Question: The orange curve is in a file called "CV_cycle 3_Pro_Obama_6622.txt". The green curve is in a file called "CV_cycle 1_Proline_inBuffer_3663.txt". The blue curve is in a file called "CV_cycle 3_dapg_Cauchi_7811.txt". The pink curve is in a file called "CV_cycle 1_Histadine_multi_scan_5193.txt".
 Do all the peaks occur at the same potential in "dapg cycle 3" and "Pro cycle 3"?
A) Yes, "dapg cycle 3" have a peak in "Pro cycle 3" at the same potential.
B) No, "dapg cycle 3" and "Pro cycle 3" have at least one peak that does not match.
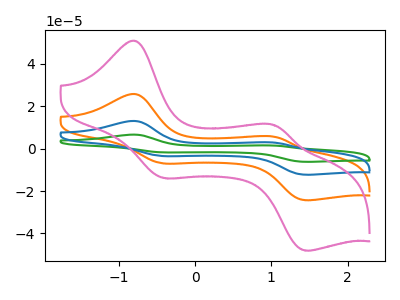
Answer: <think>The orange curve "Pro cycle 3" has anodic peaks at (-0.80V, 25.65uA) (1.05V, 5.55uA) and cathodic peaks at (-0.40V, -7.00uA) (1.45V, -24.30uA). The green curve "Proline cycle 1" has anodic peaks at (-0.80V, 77.00uA) (1.05V, 16.70uA) and cathodic peaks at (-0.40V, -21.00uA) (1.45V, -72.90uA). The blue curve "dapg cycle 3" has anodic peaks at (-0.80V, 51.35uA) (1.05V, 11.15uA) and cathodic peaks at (-0.40V, -14.00uA) (1.45V, -48.60uA). The pink curve "Histadine cycle 1" has anodic peaks at (-0.80V, 50.70uA) (1.05V, 11.00uA) and cathodic peaks at (-0.40V, -13.85uA) (1.45V, -48.00uA).</think>
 <answer>A) Yes, "dapg cycle 3" have a peak in "Pro cycle 3" at the same potential.</answer>
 <eval>A</eval>